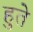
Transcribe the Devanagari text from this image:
हुते